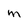
Character: m